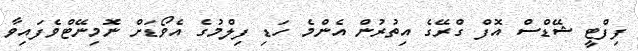
ފިފްޓީ ޝޭޑްސް އޮފް ގްރޭގެ އިތުރުން އެންމެ ހަޑި ފިލްމުގެ އެވޯޑަށް ނޮމިނޭޓްވެފައިވާ